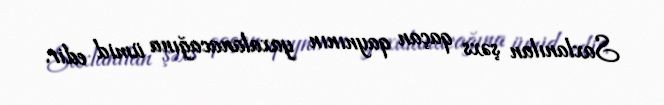
Saxlanılan şəxs qaçan qaynının yaxalanacağına ümid edir.